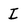
Character: I